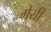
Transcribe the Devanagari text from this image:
ग्रेयी